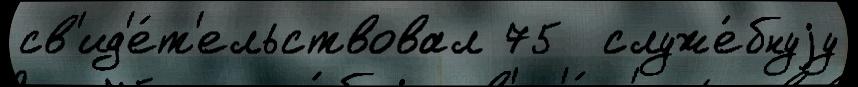
св'ид'е́т'ельствовал 75  служе́бнуjу